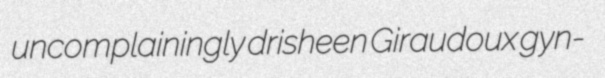
uncomplainingly drisheen Giraudoux gyn-